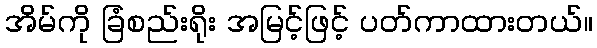
အိမ်ကို ခြံစည်းရိုး အမြင့်ဖြင့် ပတ်ကာထားတယ်။